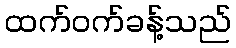
ထက်ဝက်ခန့်သည်